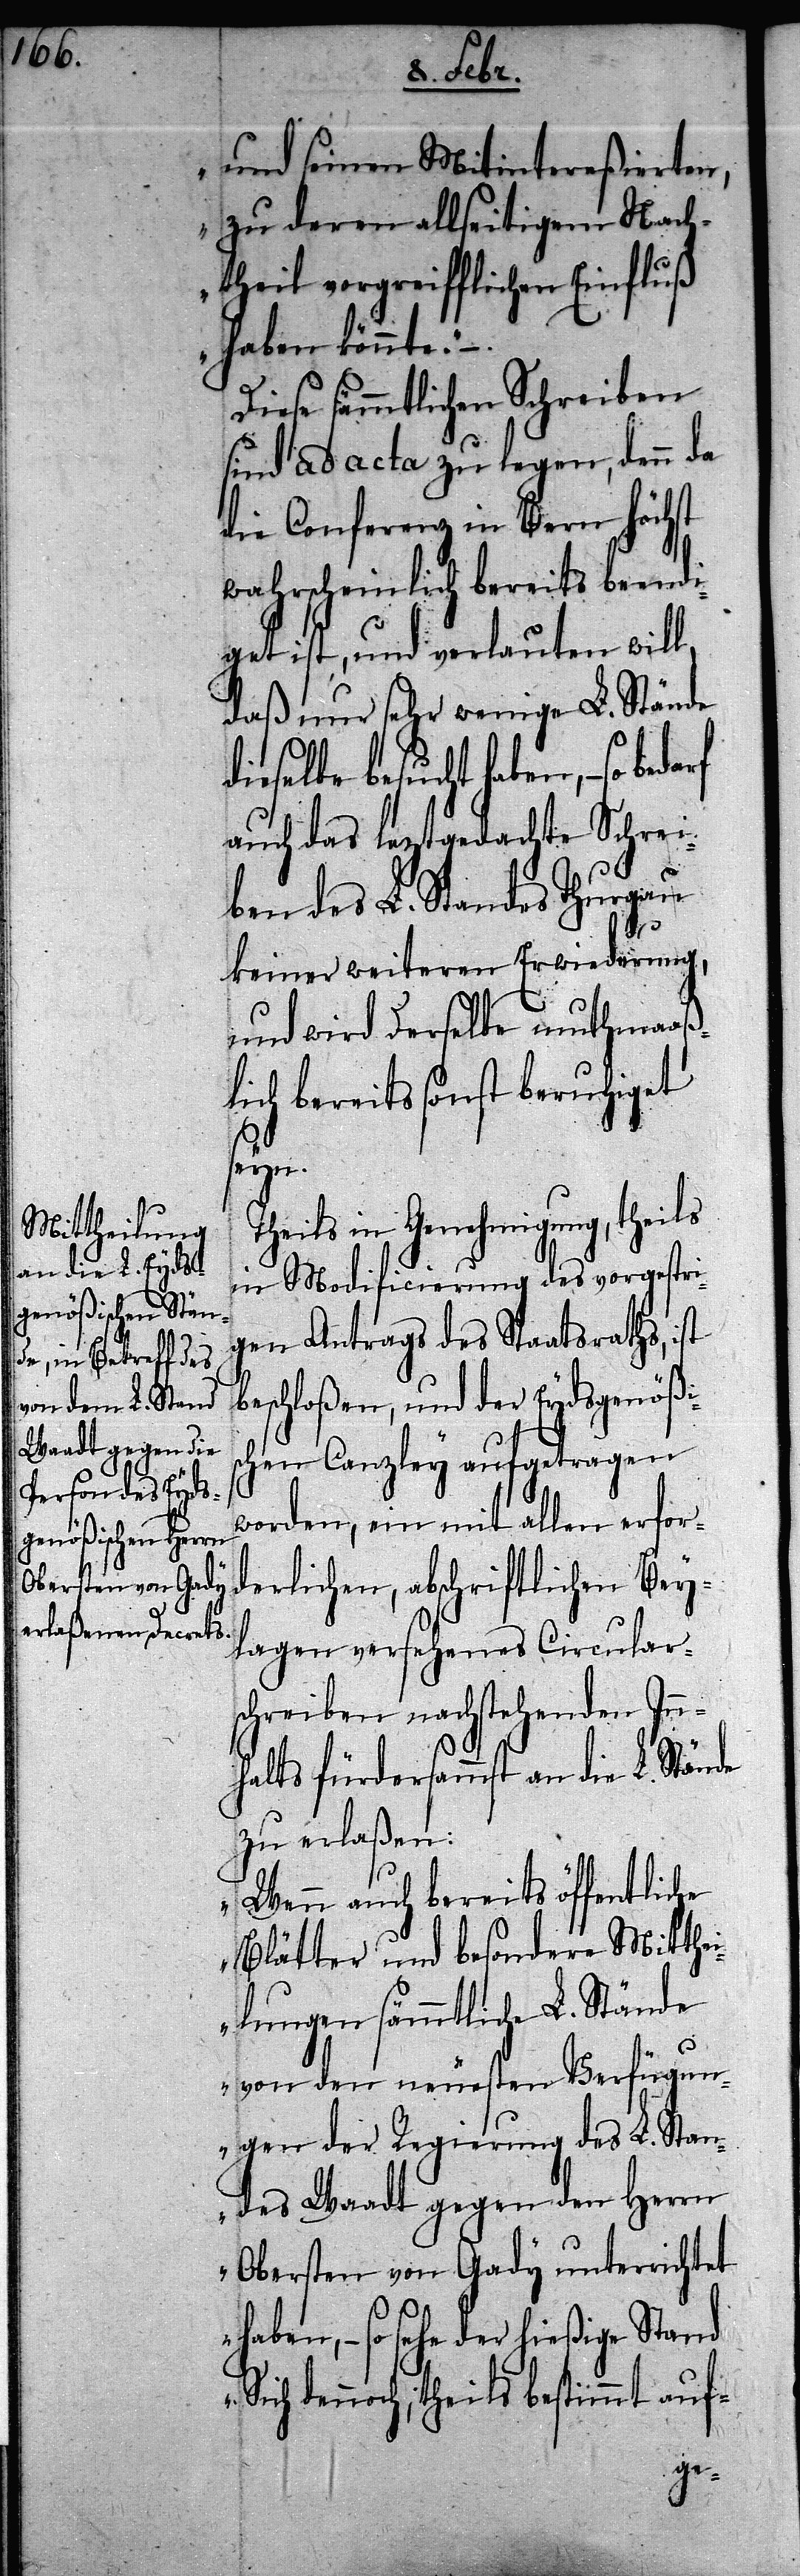
und seinen Mitintereßierten,
zu deren allseitigem Nach¬
theil vorgreifflichen Einfluß
haben könnte.“ –
sind ad acta zu legen, denn da
die Conferenz in Bern höchst
wahrscheinlich bereits beendi¬
get ist, und verlauten will,
daß nur sehr wenige L. Stände
dieselbe besucht haben, – so
auch das leztgedachte Schrei¬
ben des L. Standes Thurgau
keiner weiteren Erwiederung,
und wird derselbe muthmaaß¬
lich bereits sonst beruhiget
seyn.
Theils in Genehmigung, theils
in Modificierung des vorgestri¬
gen Antrags des Staatsraths, ist
beschloßen, und der Eydsgenößis¬
chen Canzley aufgetragen
worden, ein mit allen erfor¬
derlichen, abschriftlichen Bey¬
lagen versehenes Circular¬
schreiben nachstehenden Inn¬
halts fürdersammst an die L. Stände
zu erlaßen:
„Wenn auch bereits öffentliche
Blätter und besondere Mitthei¬
lungen sämmtlicher L. Stände
von den neuesten Verfügun¬
gen der Regierung des L. Stan¬
des Waadt gegen den Herrn
Obersten von Gady unterrichtet
haben, – so sehe der hießige Stand
dennoch; theils bestimmt auf-